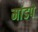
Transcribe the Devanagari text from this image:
मांडपे